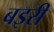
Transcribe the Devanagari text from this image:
बइरी